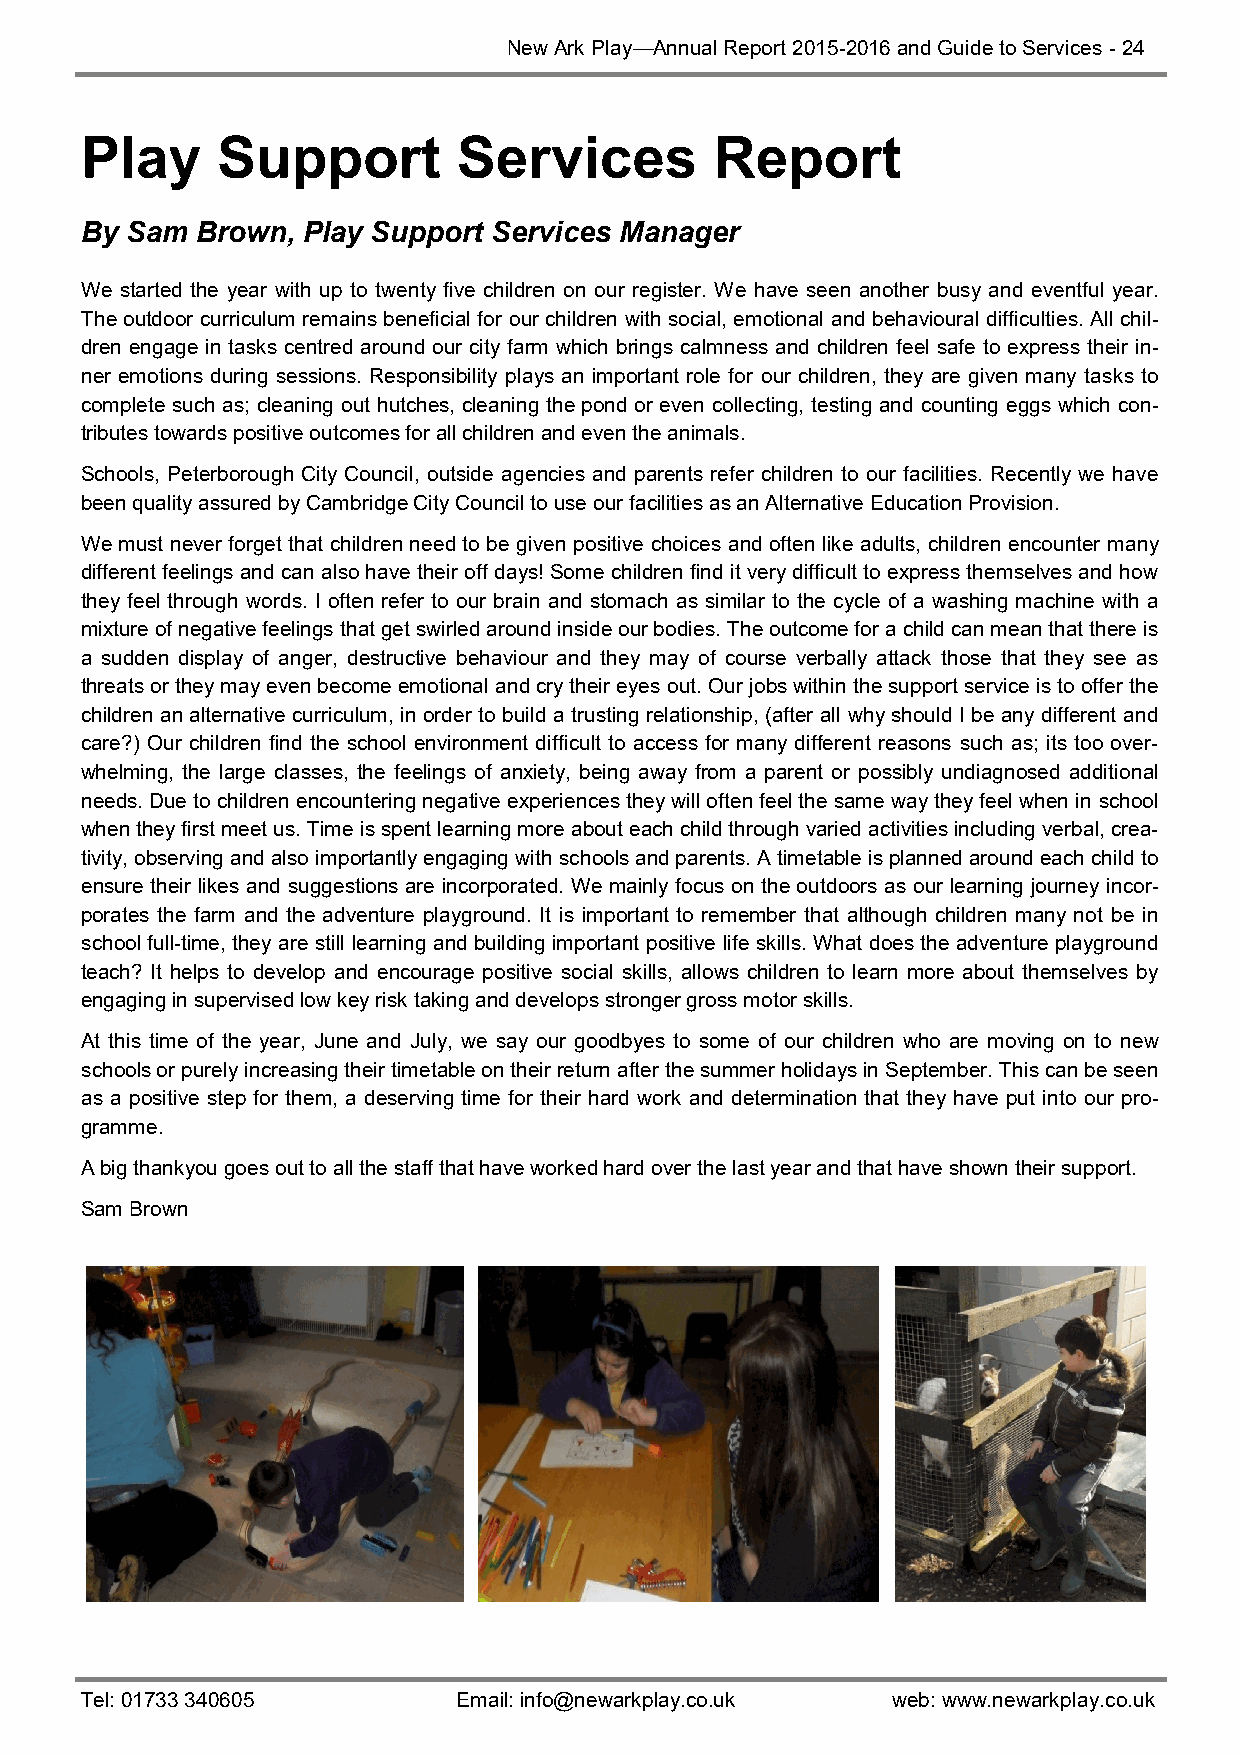
New Ark Play—Annual Report 2015-2016 and Guide to Services - 24
 Play     Support         Services         Report
 By Sam  Brown, Play Support Services Manager
 We started the year with up to twenty five children on our register. We have seen another busy and eventful year.
 The outdoor curriculum remains beneficial for our children with social, emotional and behavioural difficulties. All chil-
 dren engage in tasks centred around our city farm which brings calmness and children feel safe to express their in-
 ner emotions during sessions. Responsibility plays an important role for our children, they are given many tasks to
 complete such as; cleaning out hutches, cleaning the pond or even collecting, testing and counting eggs which con-
 tributes towards positive outcomes for all children and even the animals.
 Schools, Peterborough City Council, outside agencies and parents refer children to our facilities. Recently we have
 been quality assured by Cambridge City Council to use our facilities as an Alternative Education Provision.
 We must never forget that children need to be given positive choices and often like adults, children encounter many
 different feelings and can also have their off days! Some children find it very difficult to express themselves and how
 they feel through words. I often refer to our brain and stomach as similar to the cycle of a washing machine with a
 mixture of negative feelings that get swirled around inside our bodies. The outcome for a child can mean that there is
 a sudden display of anger, destructive behaviour and they may of course verbally attack those that they see as
 threats or they may even become emotional and cry their eyes out. Our jobs within the support service is to offer the
 children an alternative curriculum, in order to build a trusting relationship, (after all why should I be any different and
 care?) Our children find the school environment difficult to access for many different reasons such as; its too over-
 whelming, the large classes, the feelings of anxiety, being away from a parent or possibly undiagnosed additional
 needs. Due to children encountering negative experiences they will often feel the same way they feel when in school
 when they first meet us. Time is spent learning more about each child through varied activities including verbal, crea-
 tivity, observing and also importantly engaging with schools and parents. A timetable is planned around each child to
 ensure their likes and suggestions are incorporated. We mainly focus on the outdoors as our learning journey incor-
 porates the farm and the adventure playground. It is important to remember that although children many not be in
 school full-time, they are still learning and building important positive life skills. What does the adventure playground
 teach? It helps to develop and encourage positive social skills, allows children to learn more about themselves by
 engaging in supervised low key risk taking and develops stronger gross motor skills.
 At this time of the year, June and July, we say our goodbyes to some of our children who are moving on to new
 schools or purely increasing their timetable on their return after the summer holidays in September. This can be seen
 as a positive step for them, a deserving time for their hard work and determination that they have put into our pro-
 gramme.
 A big thankyou goes out to all the staff that have worked hard over the last year and that have shown their support.
 Sam Brown
 Tel: 01733 340605        Email: info@newarkplay.co.uk web: www.newarkplay.co.uk